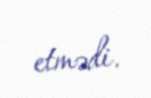
etmədi.